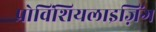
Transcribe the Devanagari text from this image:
प्रोविंशियलाइज़िंग